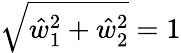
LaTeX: \sqrt{\hat{w}_{1}^{2}+\hat{w}_{2}^{2}}=1